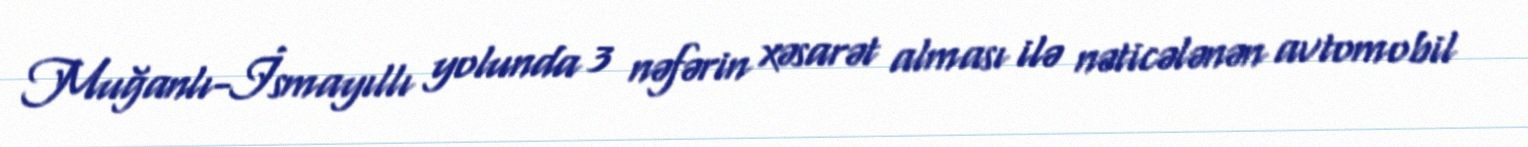
Muğanlı-İsmayıllı yolunda 3 nəfərin xəsarət alması ilə nəticələnən avtomobil